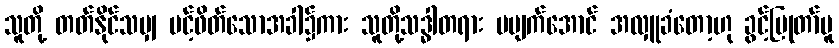
သူတို့ တတ်နိုင်သမျှ ပင့်ဖိတ်သောအခါ၌ကား သူတို့သဒ္ဓါတရား မပျက်အောင် အလှူခံတော့ဟု ခွင့်ပြုတာ်မူ